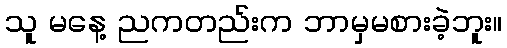
သူ မနေ့ ညကတည်းက ဘာမှမစားခဲ့ဘူး။